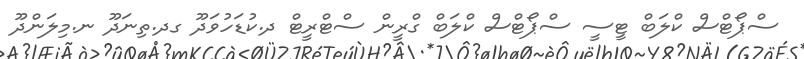
ސްޕޯޓްސް ކްލަބް ޓީސީ ސްޕޯޓްސް ކްލަބް ގްރީން ސްޓްރީޓް ދ.ކުޑަހުވަދޫ ގދ.ތިނަދޫ ނ.މިލަންދޫ